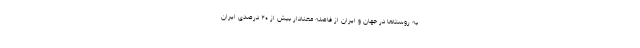
به روستا‌ها در جهان و ایران از فاصله معنادار بیش از ۲۰ درصدی ایران